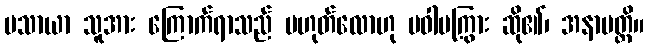
မသာယာ သူအား ကြောက်ရာသည် မဟုတ်လောဟု မဝါမကြွား ဆို၏၊ အနာပတ္တိ။